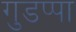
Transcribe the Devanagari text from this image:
गुडप्पा